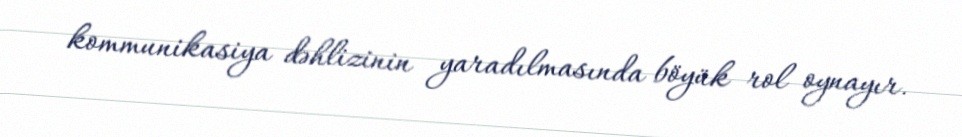
kommunikasiya dəhlizinin yaradılmasında böyük rol oynayır.